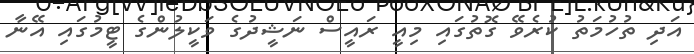
އަދި ތުހުމަތު ކުރެވޭ ގޮތުގައި މިއީ ރައީސް ނަޝީދުގެ ވަކީލުންގެ ޓީމުގައި އޭނާ